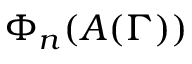
\Phi _ { n } ( A ( \Gamma ) )